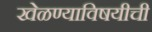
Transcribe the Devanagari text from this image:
खेळण्याविषयीची